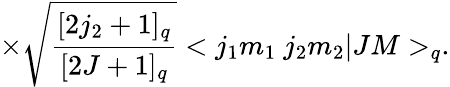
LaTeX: \times\sqrt{\frac{[2j_{2}+1]_{q}}{[2J+1]_{q}}}<j_{1}m_{1}\ j_{2}m_{2}|JM>_{q}.